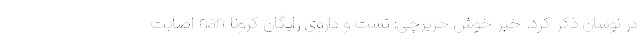
در نوسان ذکر کرد. خبر خوش حریرچی: تست و داروی رایگان کرونا nan اصابت